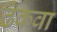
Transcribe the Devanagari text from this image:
ढेकवा